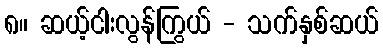
၈။ ဆယ့်ငါးလွန်ကြွယ် - သက်နှစ်ဆယ်